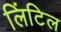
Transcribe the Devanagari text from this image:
लिंटिल